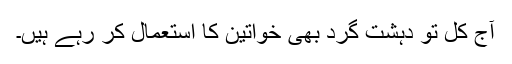
آج کل تو دہشت گرد بھی خواتین کا استعمال کر رہے ہیں۔